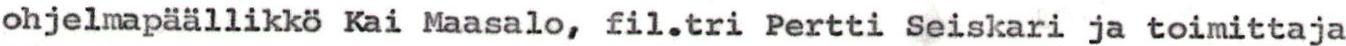
ohjelmapäällikkö Kai Maasalo, fil.tri Pertti Seiskari ja toimittaja